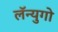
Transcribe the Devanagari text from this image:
लॅन्युगो